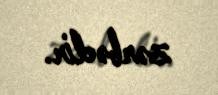
zərbədir.